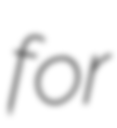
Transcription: for